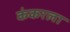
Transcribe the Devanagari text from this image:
कंकरला